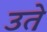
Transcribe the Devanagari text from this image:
उते